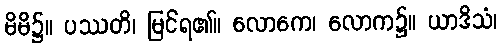
မိမိ၌။ ပဿတိ၊ မြင်ရ၏။ လောကေ၊ လောက၌။ ယာဒိသံ၊